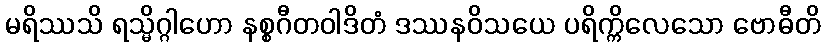
မရိဿသိ ရသ္မိဂ္ဂါဟော နစ္စဂီတဝါဒိတံ ဒဿနဝိသယေ ပရိက္ကိလေသော ဗောဓီတိ